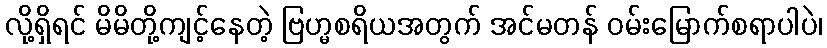
လို့ရှိရင် မိမိတို့ကျင့်နေတဲ့ ဗြဟ္မစရိယအတွက် အင်မတန် ဝမ်းမြောက်စရာပါပဲ၊